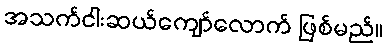
အသက်ငါးဆယ်ကျော်လောက် ဖြစ်မည်။